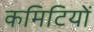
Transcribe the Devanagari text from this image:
कमिटियों